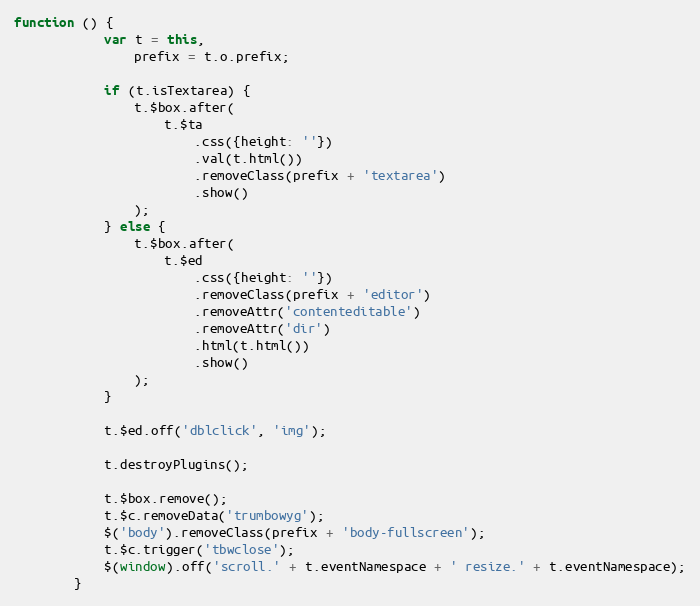
Language: JavaScript
function () {
            var t = this,
                prefix = t.o.prefix;

            if (t.isTextarea) {
                t.$box.after(
                    t.$ta
                        .css({height: ''})
                        .val(t.html())
                        .removeClass(prefix + 'textarea')
                        .show()
                );
            } else {
                t.$box.after(
                    t.$ed
                        .css({height: ''})
                        .removeClass(prefix + 'editor')
                        .removeAttr('contenteditable')
                        .removeAttr('dir')
                        .html(t.html())
                        .show()
                );
            }

            t.$ed.off('dblclick', 'img');

            t.destroyPlugins();

            t.$box.remove();
            t.$c.removeData('trumbowyg');
            $('body').removeClass(prefix + 'body-fullscreen');
            t.$c.trigger('tbwclose');
            $(window).off('scroll.' + t.eventNamespace + ' resize.' + t.eventNamespace);
        }